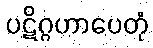
ပဋိဂ္ဂဟာပေတုံ